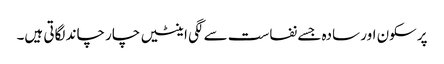
پرسکون اور سادہ جسے نفاست سے لگی اینٹیں چار چاند لگاتی ہیں۔